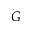
G